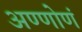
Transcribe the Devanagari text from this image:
अण्णोणं